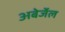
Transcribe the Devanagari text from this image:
अबेर्जेल